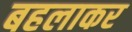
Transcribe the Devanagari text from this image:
बहलाकर